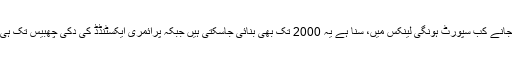
ڈائنامک پارٹیشنز جانے کب سپورٹ ہونگی لینکس میں، سنا ہے یہ 2000 تک بھی بنائی جاسکتی ہیں جبکہ پرائمری ایکسٹنڈڈ کی دُکّی چھبیس تک ہی جاسکتی ہے شاید۔